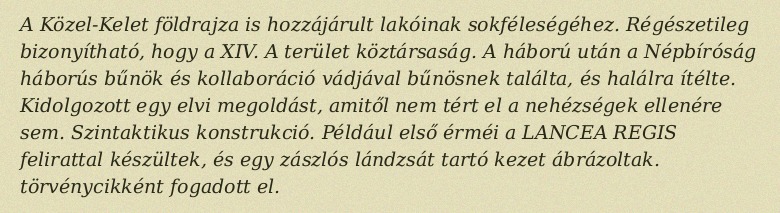
A Közel-Kelet földrajza is hozzájárult lakóinak sokféleségéhez. Régészetileg bizonyítható, hogy a XIV. A terület köztársaság. A háború után a Népbíróság háborús bűnök és kollaboráció vádjával bűnösnek találta, és halálra ítélte. Kidolgozott egy elvi megoldást, amitől nem tért el a nehézségek ellenére sem. Szintaktikus konstrukció. Például első érméi a LANCEA REGIS felirattal készültek, és egy zászlós lándzsát tartó kezet ábrázoltak. törvénycikként fogadott el.